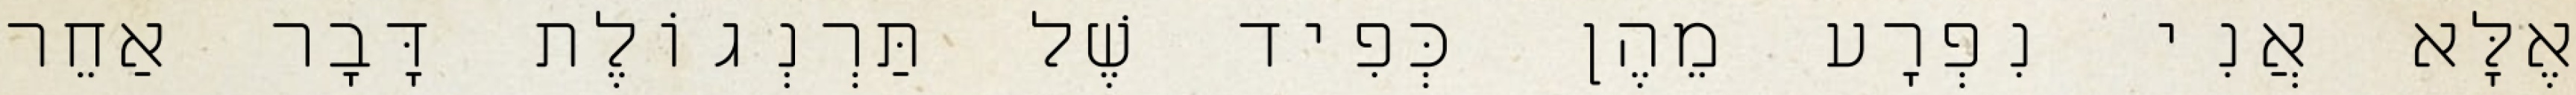
אֶלָּא אֲנִי נִפְרָע מֵהֶן כְּפִיד שֶׁל תַּרְנְגוֹלֶת דָּבָר אַחֵר